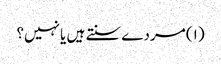
(۱) مردے سنتے ہیں یا نہیں؟